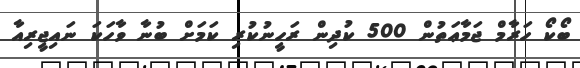
ބޯކޯ ހަރާމް ޖަމާޢަތުން 500 ކުދިން ރަހީނުކުރި ކަމަށް ބުނާ ވާހަކަ ނައިޖީރިއާ